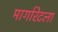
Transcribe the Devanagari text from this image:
मार्गारेटला